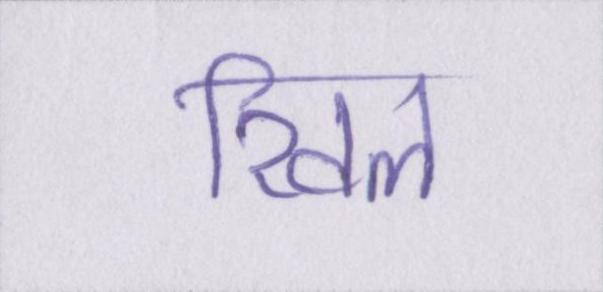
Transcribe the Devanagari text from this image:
खिल